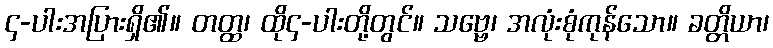
၄-ပါးအပြားရှိ၏။ တတ္ထ၊ ထို၄-ပါးတို့တွင်။ သဗ္ဗေ၊ အလုံးစုံကုန်သော။ ခတ္တိယာ၊